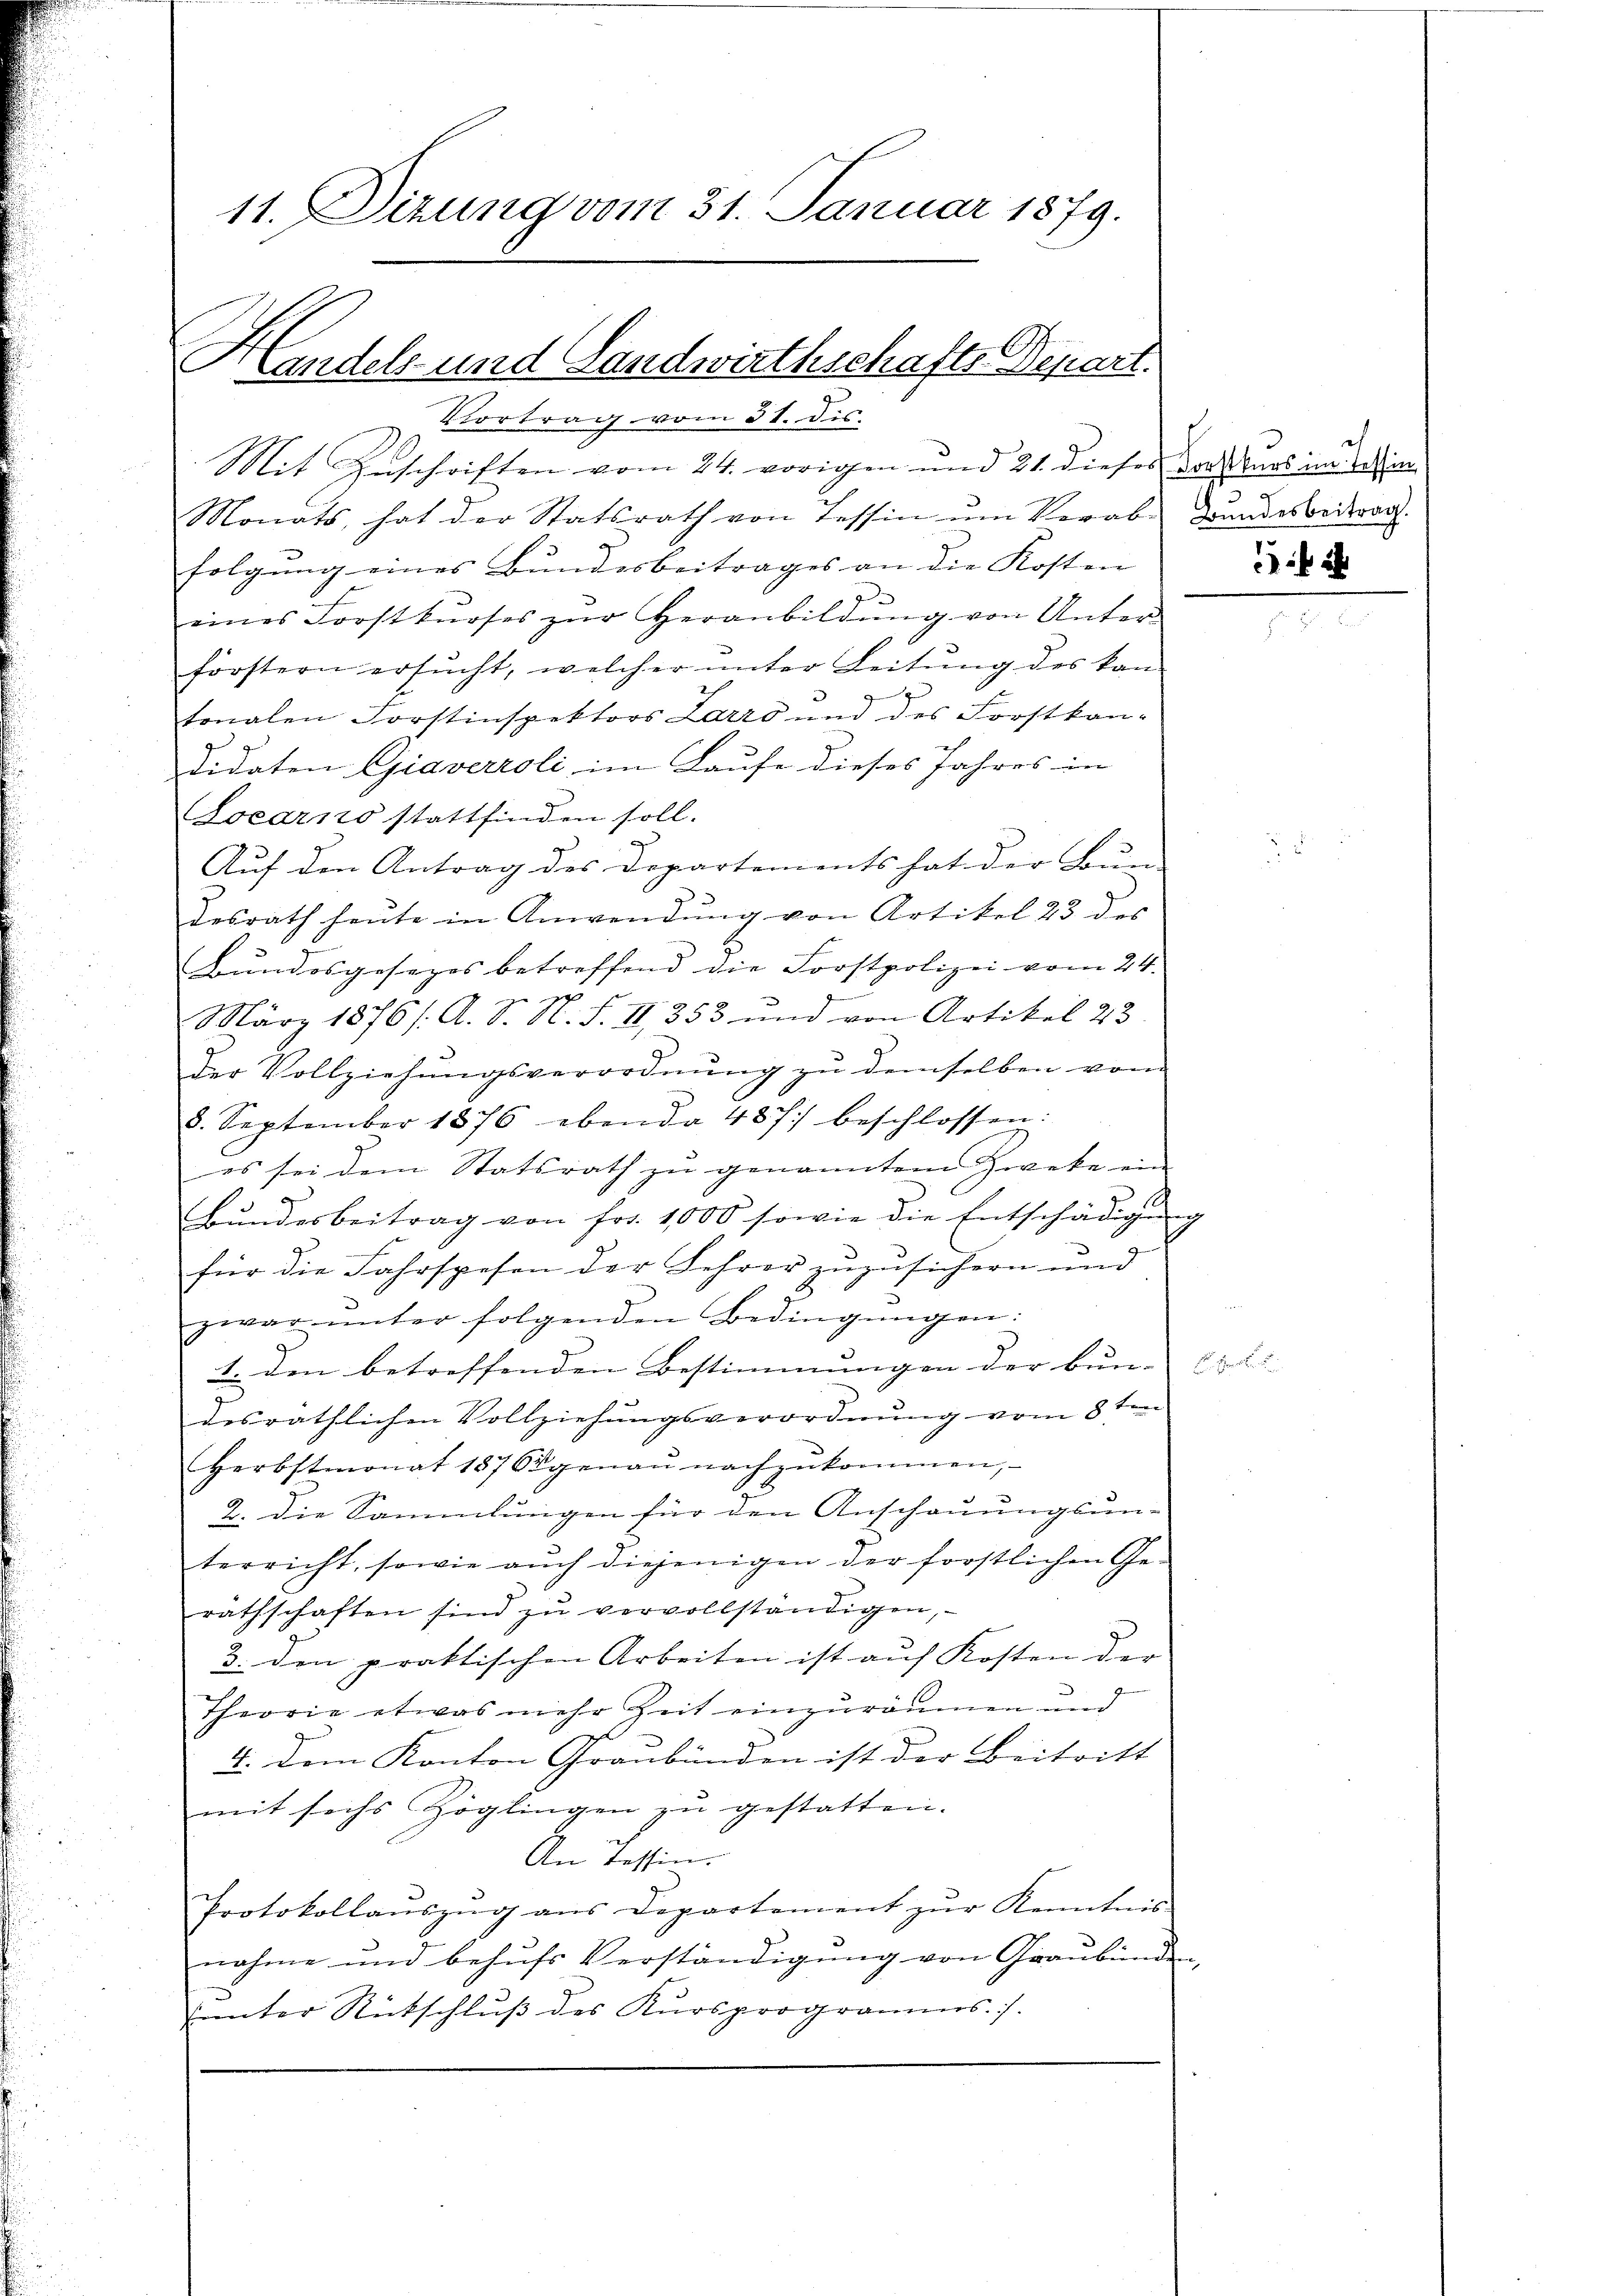
11. Sizung vom 31. Januar 1879.

Handels und Landwirthschafts Depart.
Vortrag vom 31. Dis.

Mit Zuschriften vom 24. vorigen und 21. dieses Vorkurs im Testim¬
Monats, hat der Statsrath von Tessin um Vorab-Brandesbeitrag.
2
folgung eines Bundesbeitrages an die Kosten
e
eines Forstkŭrses zŭr Heranbildŭng von Unter-
förstern ersŭcht, welcher ŭnter Leitŭng des kan-
tonalen Forstinspektors Larro und des Forstkan-
didaten Giaverroli im Laufe dieses Jahres in
Locarno stattfinden soll.
Auf den Antrag des Departements hat der Bun
desrath heute in Anwendŭng von Artikel 23 des
Bŭndesgesezes betreffend die Forstpolizei vom 24.
März 1876/. A. S. N. F. II 353 und von Artikel 23
der Vollziehŭngsverordnŭng zŭ demselben vom
8. September 1876 ebenda 487 beschlossen:
es sei dem Statsrath zu genanntem Zwecke ein
9
bandesbeitrag von fr. 1000 sowie die Entschädigŭng
für die Fahrspesen der Lehrer zuzusichern und
zwar ŭnter folgenden Bedingŭngen:
1. Den betreffenden Bestimmungen der Bun-
desräthlichen Vollziehungsverordnung vom 8ten
Herbstmonat 187 genaŭ nachzŭkommen,
2. Die Sammlungen für den Anschauungsun-
terricht, sowie aŭch diejenigen der forstlichen Ge-
rathschaften sind zŭ vervollständigen,
3. den praktischen Arbeiten ist auf Kosten der |
Theorie etwas mehr Zeit einzuräumen und
4. Dem Kanton Graubünden ist der Beitritt
mit sechs Zöglingen zŭ gestatten.
An Tessin.
Protokollaŭszŭg aŭs Departement zŭr Kenntnis
nahme und behufs Verständigung von Graubünden
d
unter Rückschluß des Kursprogramms./.

i